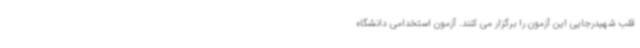
قلب شهیدرجایی این آزمون را برگزار می کنند. آزمون استخدامی دانشگاه